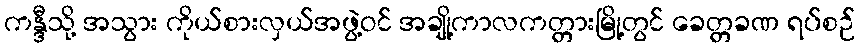
ကန္ဒီသို့ အသွား ကိုယ်စားလှယ်အဖွဲ့ဝင် အချို့ကာလကတ္တားမြို့တွင် ခေတ္တခဏ ရပ်စဉ်